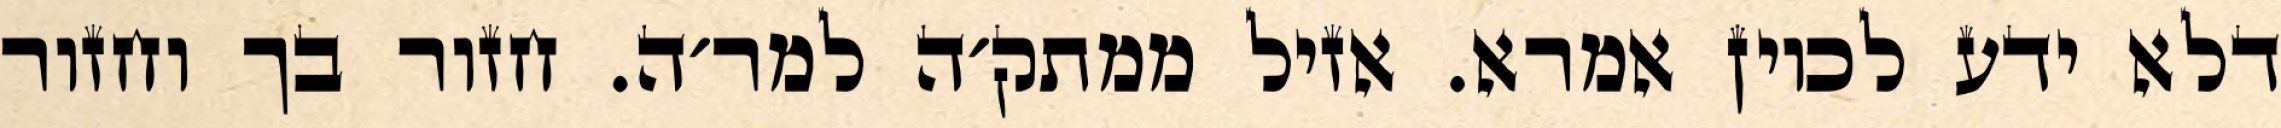
דלא ידע לכוין אמרא. אזיל ממתק׳ה למר׳ה. חזור בך וחזור